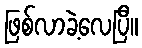
ဖြစ်လာခဲ့လေပြီ။